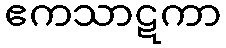
ဧကသာဋကာ